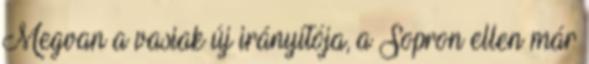
Megvan a vasiak új irányítója, a Sopron ellen már